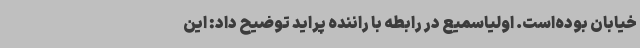
خیابان بوده‌است. اولیاسمیع در رابطه با راننده پراید توضیح داد: این